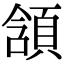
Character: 頷